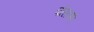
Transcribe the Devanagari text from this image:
पोसणारे